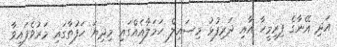
އަދި އޭނާގެ ފިރިމީހާ އާއި ދަރިފުޅު މިސައިލް ހަމަލާއެއްގައި މިދިޔަ ހަފުތާގައި މަރުވެފައިވާ